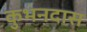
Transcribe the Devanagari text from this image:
कुभंनदास